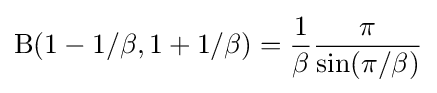
{\text{B}}(1-1/\beta ,1+1/\beta )={1 \over {\beta }}{\pi  \over {\sin(\pi /\beta )}}